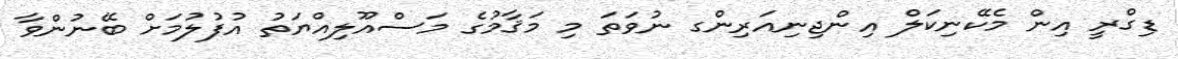
ޑިގްރީ އިން މެކޭނިކަލް އިންޖިނިއަރިންގ ނުވަތަ މި މަޤާމުގެ މަސްއޫލިއްޔަތު އުފުލުމަށް ބޭނުންވާ